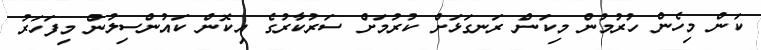
ކަން މިހެން ހުރުމުން މިކަން ރަނގަޅަށް ކުރުމަށް ސަރުކާރުގެ އިކޮން ކައުންސިލުން މިފަހަރު